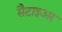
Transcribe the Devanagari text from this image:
सैटाइअर